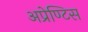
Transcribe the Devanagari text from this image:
अप्रेण्टिस